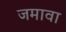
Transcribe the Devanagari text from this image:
जमावा